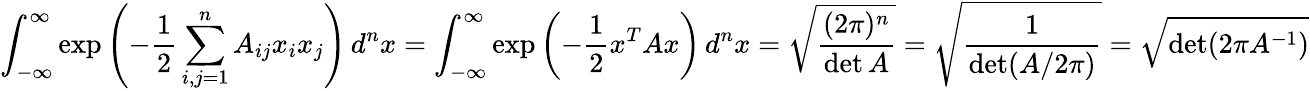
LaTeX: \int_{-\infty}^{\infty}\exp{\left(-{\frac{1}{2}}\sum_{i,j=1}^{n}A_{ij}x_{i}x_{j}\right)}\, d^{n}x=\int_{-\infty}^{\infty}\exp{\left(-{\frac{1}{2}}x^{T}Ax\right)}\, d^{n}x={\sqrt{\frac{(2\pi)^{n}}{\operatorname*{det}A}}}={\sqrt{\frac{1}{\operatorname*{det}(A/2\pi)}}}={\sqrt{\operatorname*{det}(2\pi A^{-1})}}